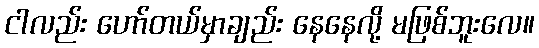
ငါလည်း ဟော်တယ်မှာချည်း နေနေလို့ မဖြစ်ဘူးလေ။